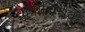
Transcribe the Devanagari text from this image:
वेल्लीचित्रक